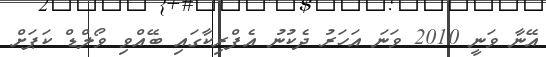
އޭނާ ވަނީ 2010 ވަނަ އަހަރު ދެކުނު އެފްރިކާގައި ބޭއްވި ވޯލްޑް ކަަޕަށް